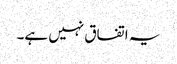
یہ اتفاق نہیں ہے۔